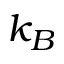
k _ { B }